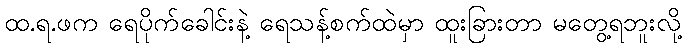
ထ.ရ.ဖက ရေပိုက်ခေါင်းနဲ့ ရေသန့်စက်ထဲမှာ ထူးခြားတာ မတွေ့ရဘူးလို့